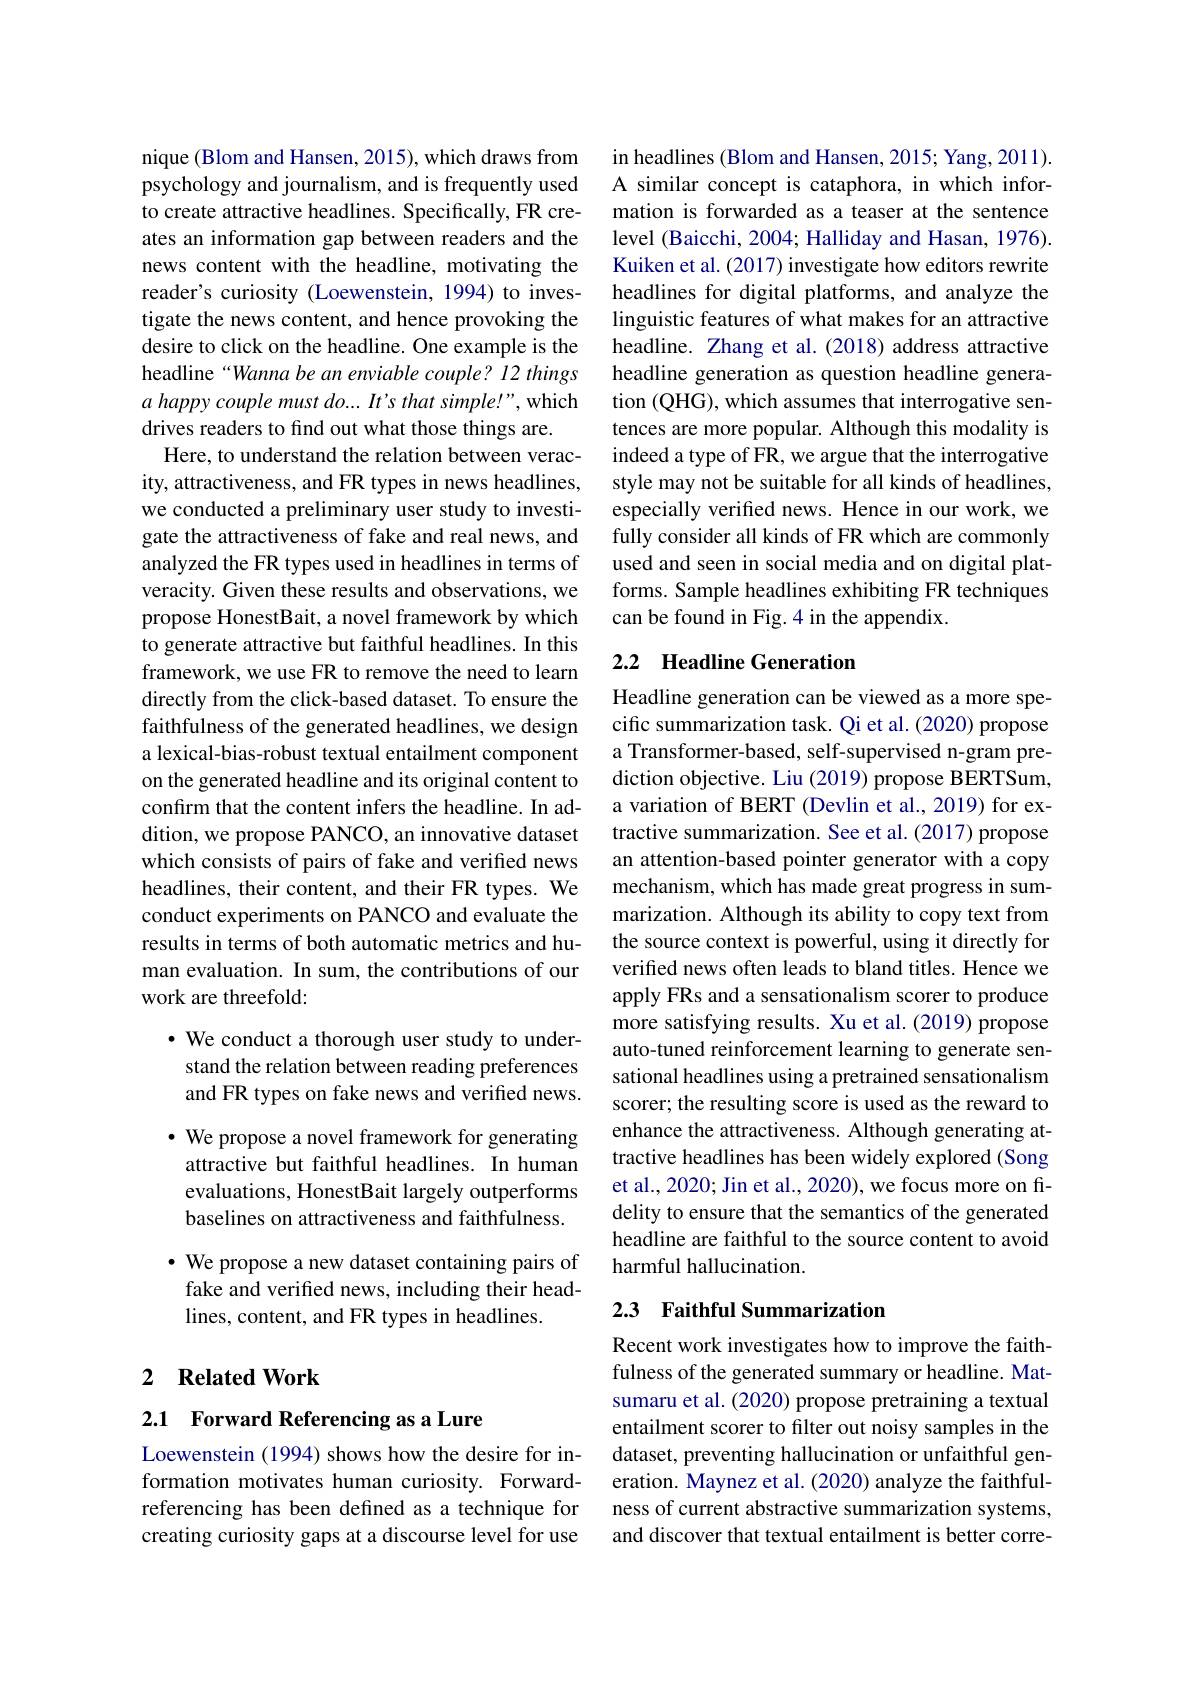
nique (Blom and Hansen, 2015), which draws from psychology and journalism, and is frequently used to create attractive headlines. Specifically, FR creates an information gap between readers and the news content with the headline, motivating the reader's curiosity (Loewenstein, 1994) to investigate the news content, and hence provoking the desire to click on the headline. One example is the headline “Wanna be an enviable couple? 12 things a happy couple must do...It's that simple!", which drives readers to find out what those things are.
Here, to understand the relation between veracity, attractiveness, and FR types in news headlines, we conducted a preliminary user study to investigate the attractiveness of fake and real news, and analyzed the FR types used in headlines in terms of veracity. Given these results and observations, we propose HonestBait, a novel framework by which to generate attractive but faithful headlines. In this framework, we use FR to remove the need to learn directly from the click-based dataset. To ensure the faithfulness of the generated headlines, we design a lexical-bias-robust textual entailment component on the generated headline and its original content to confirm that the content infers the headline. In addition, we propose PANCO, an innovative dataset which consists of pairs of fake and verified news headlines, their content, and their FR types. We conduct experiments on PANCO and evaluate the results in terms of both automatic metrics and human evaluation. In sum, the contributions of our work are threefold:

$\cdot$ We conduct a thorough user study to understand the relation between reading preferences and FR types on fake news and verified news.

$\bullet$ We propose a novel framework for generating attractive but faithful headlines. In human evaluations, HonestBait largely outperforms baselines on attractiveness and faithfulness.

$\bullet$ We propose a new dataset containing pairs of fake and verified news, including their headlines, content, and FR types in headlines.

## 2 $\textbf{Related Work}$

2.1 Forward Referencing as a Lure

Loewenstein (1994) shows how the desire for information motivates human curiosity. Forwardreferencing has been defined as a technique for creating curiosity gaps at a discourse level for use

in headlines (Blom and Hansen, 2015; Yang, 2011). A similar concept is cataphora, in which information is forwarded as a teaser at the sentence level (Baicchi, 2004; Halliday and Hasan, 1976). Kuiken et al. (2017) investigate how editors rewrite headlines for digital platforms, and analyze the linguistic features of what makes for an attractive headline. Zhang et al.(2018) address attractive headline generation as question headline generation (QHG), which assumes that interrogative sentences are more popular. Although this modality is indeed a type of FR, we argue that the interrogative style may not be suitable for all kinds of headlines, especially verified news. Hence in our work, we fully consider all kinds of FR which are commonly used and seen in social media and on digital platforms. Sample headlines exhibiting FR techniques can be found in Fig. 4 in the appendix.

## 2.2 Headline Generation

Headline generation can be viewed as a more specific summarization task. Qi et al. (2020) propose a Transformer-based, self-supervised n-gram prediction objective. Liu (2019) propose BERTSum, a variation of BERT (Devlin et al., 2019) for extractive summarization. See et al.(2017) propose an attention-based pointer generator with a copy mechanism, which has made great progress in summarization. Although its ability to copy text from the source context is powerful, using it directly for verified news often leads to bland titles. Hence we apply FRs and a sensationalism scorer to produce more satisfying results. Xu et al.(2019) propose auto-tuned reinforcement learning to generate sensational headlines using a pretrained sensationalism scorer; the resulting score is used as the reward to enhance the attractiveness. Although generating attractive headlines has been widely explored (Song et al., 2020; Jin et al., 2020), we focus more on fidelity to ensure that the semantics of the generated headline are faithful to the source content to avoid harmful hallucination.

## 2.3 Faithful Summarization

Recent work investigates how to improve the faithfulness of the generated summary or headline. Matsumaru et al. (2020) propose pretraining a textual entailment scorer to filter out noisy samples in the dataset, preventing hallucination or unfaithful generation. Maynez et al. (2020) analyze the faithfulness of current abstractive summarization systems, and discover that textual entailment is better corre-